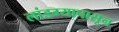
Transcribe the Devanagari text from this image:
लांडग्यापासून